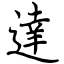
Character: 達